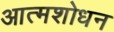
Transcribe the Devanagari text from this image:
आत्मशोधन